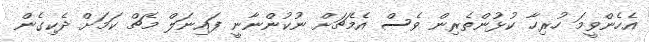
އެހެންވީމަ ހުރިހާ ކުޅުންތެރިން ވެސް އެމެޗަށް ނުކުންނާނީ ފައިނަލް މެޗް ކަމަށް ދެކިގެން